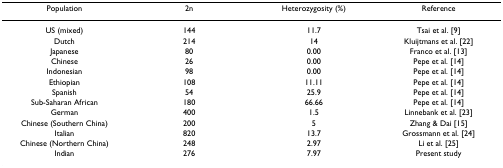
<table><thead><tr><td><b>Population</b></td><td><b>2n</b></td><td><b>Heterozygosity (%)</b></td><td><b>Reference</b></td></tr></thead><tbody><tr><td>US (mixed)</td><td>144</td><td>11.7</td><td>Tsai et al. [9]</td></tr><tr><td>Dutch</td><td>214</td><td>14</td><td>Kluijtmans et al. [22]</td></tr><tr><td>Japanese</td><td>80</td><td>0.00</td><td>Franco et al. [13]</td></tr><tr><td>Chinese</td><td>26</td><td>0.00</td><td>Pepe et al. [14]</td></tr><tr><td>Indonesian</td><td>98</td><td>0.00</td><td>Pepe et al. [14]</td></tr><tr><td>Ethiopian</td><td>108</td><td>11.11</td><td>Pepe et al. [14]</td></tr><tr><td>Spanish</td><td>54</td><td>25.9</td><td>Pepe et al. [14]</td></tr><tr><td>Sub-Saharan African</td><td>180</td><td>66.66</td><td>Pepe et al. [14]</td></tr><tr><td>German</td><td>400</td><td>1.5</td><td>Linnebank et al. [23]</td></tr><tr><td>Chinese (Southern China)</td><td>200</td><td>5</td><td>Zhang &amp; Dai [15]</td></tr><tr><td>Italian</td><td>820</td><td>13.7</td><td>Grossmann et al. [24]</td></tr><tr><td>Chinese (Northern China)</td><td>248</td><td>2.97</td><td>Li et al. [25]</td></tr><tr><td>Indian</td><td>276</td><td>7.97</td><td>Present study</td></tr></tbody></table>